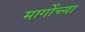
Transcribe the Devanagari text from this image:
मार्गोच्या